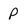
Character: P